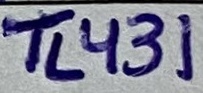
Text: TL431